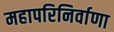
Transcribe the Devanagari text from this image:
महापरिनिर्वाणा